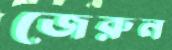
জেরুন